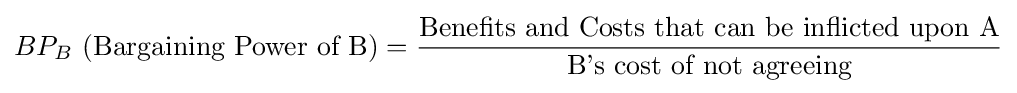
BP_{B}{\text{ (Bargaining Power of B)}}={\frac {\text{Benefits and Costs that can be inflicted upon A}}{\text{B's cost of not agreeing}}}